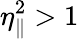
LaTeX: \eta_{\parallel}^{2}>1